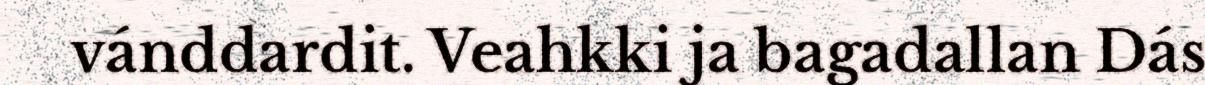
vánddardit. Veahkki ja bagadallan Dás